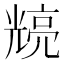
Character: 𭀴